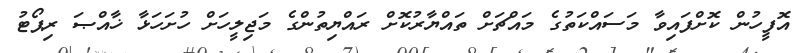
އޮފީހުން ކޮށްފައިވާ މަސައްކަތުގެ މައްޗަށް ތައްޔާރުކޮށް ރައްޔިތުންގެ މަޖިލީހަށް ހުށަހަޅާ ޚާއްޞަ ރިޕޯޓު